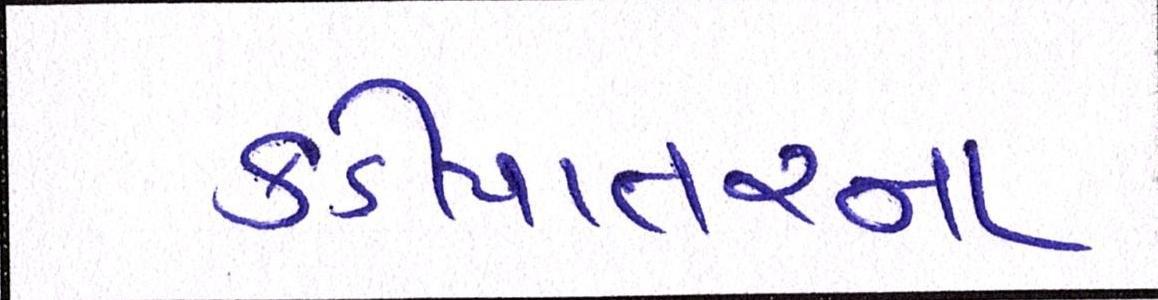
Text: કડીયાતરના